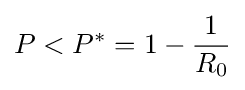
P<P^{*}=1-{\frac {1}{R_{0}}}